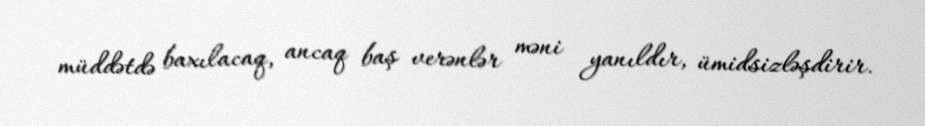
müddətdə baxılacaq, ancaq baş verənlər məni yanıldır, ümidsizləşdirir.